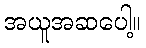
အယူအဆပေါ့။